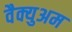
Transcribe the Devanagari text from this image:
वैक्युअम